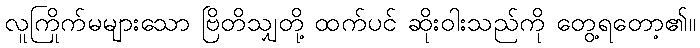
လူကြိုက်မများသော ဗြိတိသျှတို့ ထက်ပင် ဆိုးဝါးသည်ကို တွေ့ရတော့၏။